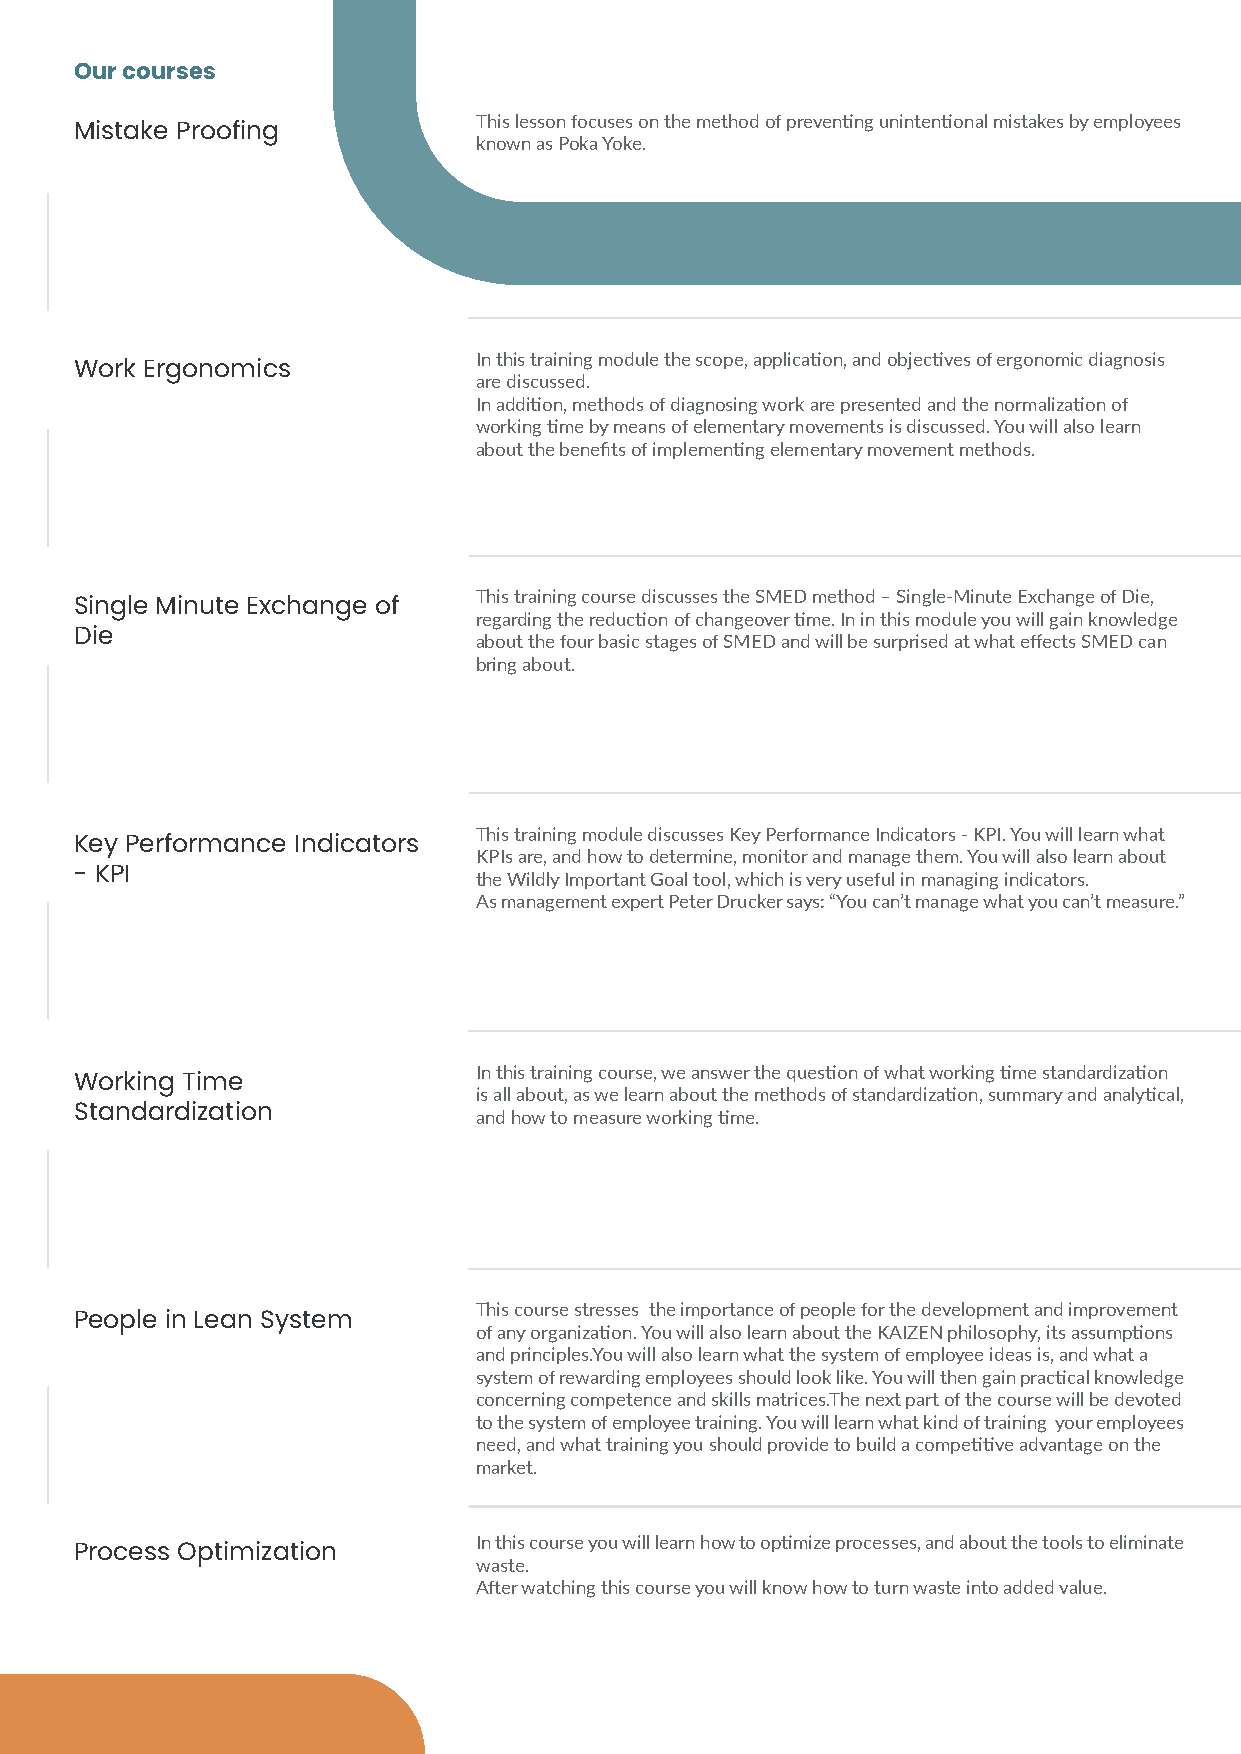
Our courses
 This lesson focuses on the method of preventing unintentional mistakes by employees
 Mistake Proofing
 known as Poka Yoke.
 In this training module the scope, application, and objectives of ergonomic diagnosis
 Work Ergonomics
 are discussed.
 In addition, methods of diagnosing work are presented and the normalization of
 working time by means of elementary movements is discussed. You will also learn
 about the benefits of implementing elementary movement methods.
 This training course discusses the SMED method – Single-Minute Exchange of Die,
 Single Minute Exchange of
 regarding the reduction of changeover time. In in this module you will gain knowledge
 Die                       about the four basic stages of SMED and will be surprised at what effects SMED can
 bring about.
 This training module discusses Key Performance Indicators - KPI. You will learn what
 Key Performance Indicators
 KPIs are, and how to determine, monitor and manage them. You will also learn about
 - KPI                     the Wildly Important Goal tool, which is very useful in managing indicators.
 As management expert Peter Drucker says: “You can’t manage what you can’t measure.”
 In this training course, we answer the question of what working time standardization
 Working Time
 is all about, as we learn about the methods of standardization, summary and analytical,
 Standardization           and how to measure working time.
 This course stresses the importance of people for the development and improvement
 People in Lean System
 of any organization. You will also learn about the KAIZEN philosophy, its assumptions
 and principles.You will also learn what the system of employee ideas is, and what a
 system of rewarding employees should look like. You will then gain practical knowledge
 concerning competence and skills matrices.The next part of the course will be devoted
 to the system of employee training. You will learn what kind of training your employees
 need, and what training you should provide to build a competitive advantage on the
 market.
 In this course you will learn how to optimize processes, and about the tools to eliminate
 Process Optimization
 waste.
 After watching this course you will know how to turn waste into added value.